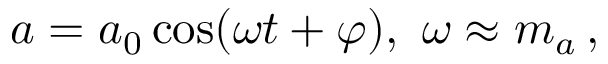
\begin{array} { r } { a = a _ { 0 } \cos ( \omega t + \varphi ) , \ \omega \approx m _ { a } \, , } \end{array}